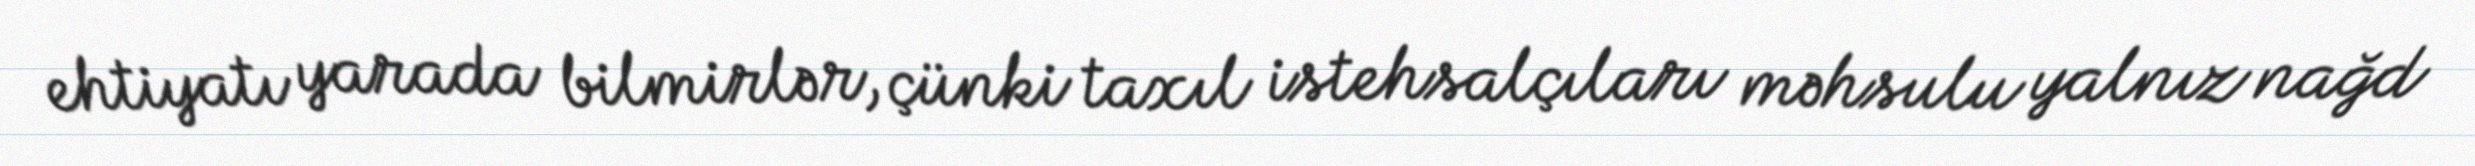
ehtiyatı yarada bilmirlər, çünki taxıl istehsalçıları məhsulu yalnız nağd